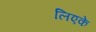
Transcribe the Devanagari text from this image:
लिएके